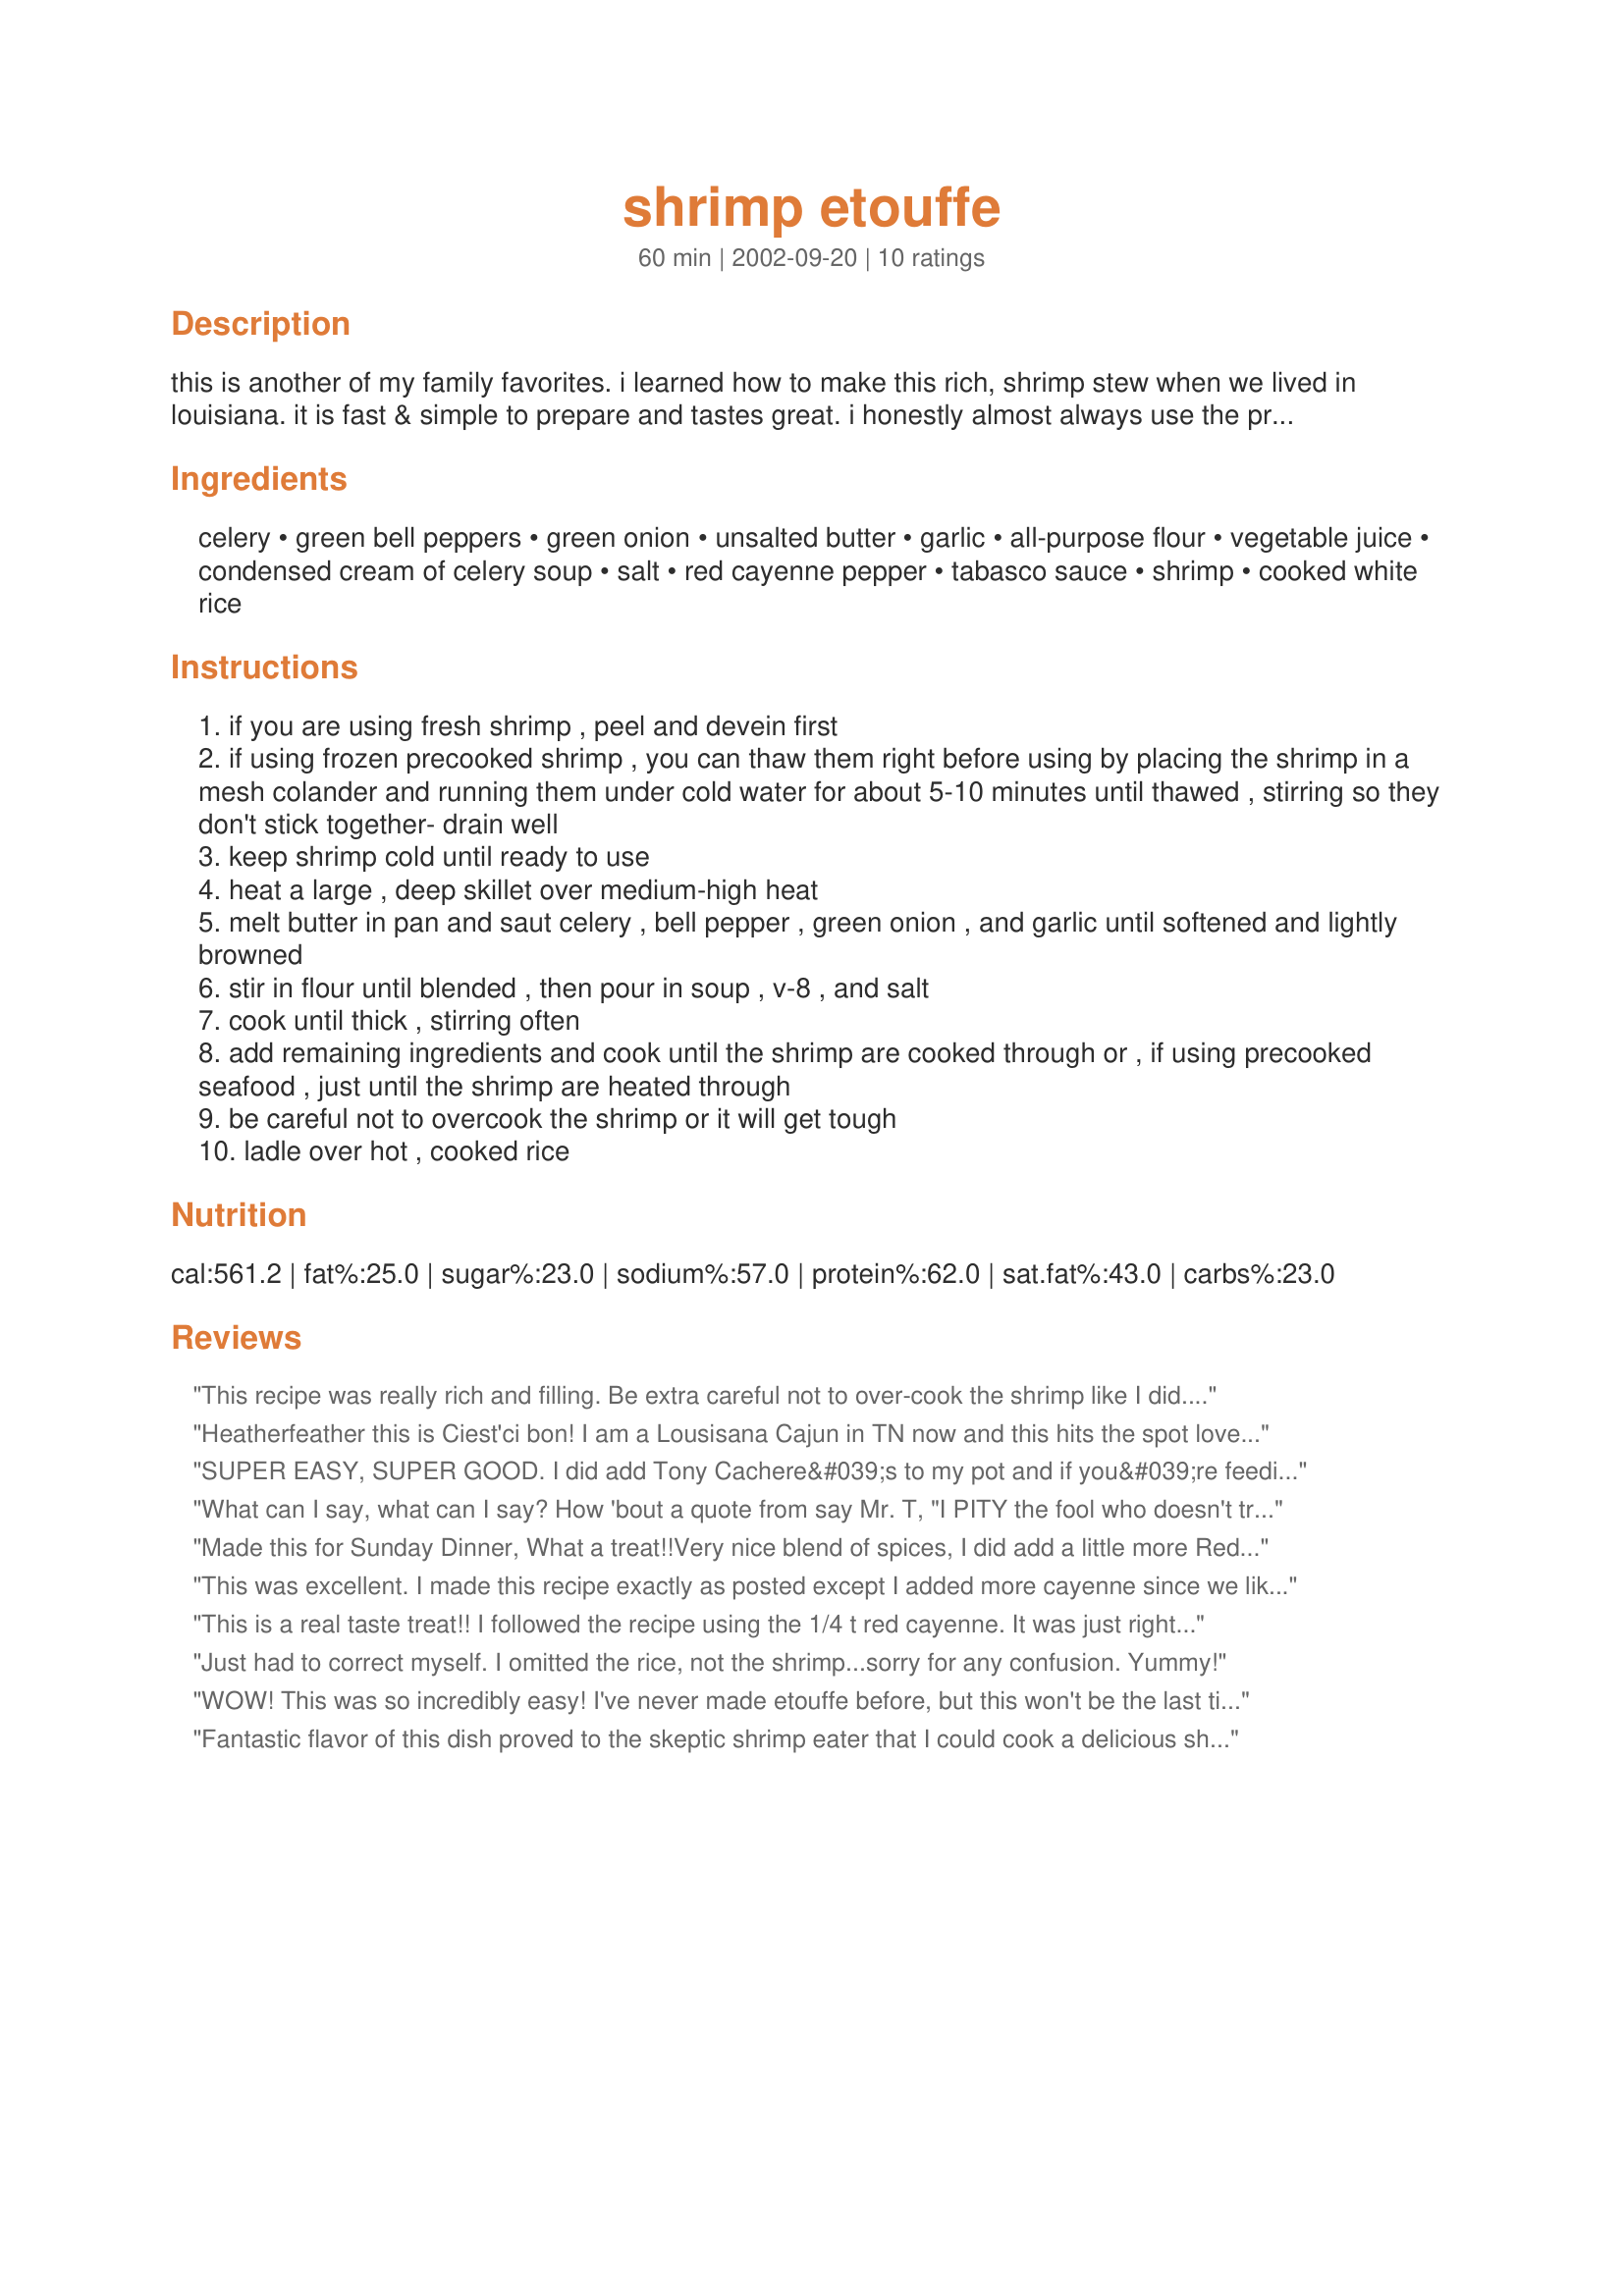
shrimp etouffe
Preparation time: 60 minutes

this is another of my family favorites. i learned how to make this rich, shrimp stew when we lived in louisiana. it is fast & simple to prepare and tastes great. i honestly almost always use the precooked frozen shrimp in this, as they are available year round. i am completely guessing on the prep and cook times - i know i can get this dish ready in under an hour from start to finish, including thawing the fish and chopping the veggies. the cooking goes very quickly. i serve this atop bowls of hot rice and make hot sauce available to add more heat to individual servings. if you happen to have cooked crawfish, you can use that as well.

Ingredients:
celery, green bell peppers, green onion, unsalted butter, garlic, all-purpose flour, vegetable juice, condensed cream of celery soup, salt, red cayenne pepper, tabasco sauce, shrimp, cooked white rice

Steps:
if you are using fresh shrimp , peel and devein first
if using frozen precooked shrimp , you can thaw them right before using by placing the shrimp in a mesh colander and running them under cold water for about 5-10 minutes until thawed , stirring so they don't stick together- drain well
keep shrimp cold until ready to use
heat a large , deep skillet over medium-high heat
melt butter in pan and saut celery , bell pepper , green onion , and garlic until softened and lightly browned
stir in flour until blended , then pour in soup , v-8 , and salt
cook until thick , stirring often
add remaining ingredients and cook until the shrimp are cooked through or , if using precooked seafood , just until the shrimp are heated through
be careful not to overcook the shrimp or it will get tough
ladle over hot , cooked rice

Reviews:
This recipe was really rich and filling. Be extra careful not to over-cook the shrimp like I did.
Tab Smith
Heatherfeather this is Ciest'ci bon!
I am a Lousisana Cajun in TN now and this hits the spot love the short cut of the V-8 juice and celery soup too!!! Thanks so much for posting!!!
SUPER EASY, SUPER GOOD. I did add Tony Cachere&#039;s to my pot and if you&#039;re feeding more than 4, double the recipe!
What can I say, what can I say? How 'bout a quote from say Mr. T, "I PITY the fool who doesn't try this recipe." Myself, I believe that this etouffe is the bomb-diggity! So get to it, make this etouffe & see what all the rave is about. YOU want be sorry! Thanks a million Heather for this AWESOME recipe!
Made this for Sunday Dinner, What a treat!!Very nice blend of spices, I did add a little more Red Cayenne just to kick it up a notch. Will be makeing this again!!
This was excellent. I made this recipe exactly as posted except I added more cayenne since we like heat. It was FANTASTIC! Thank you for posting!!
This is a real taste treat!! I followed the recipe using the 1/4 t red cayenne. It was just right for us, we don't like too hot. I put this alongside a baked potato and a plate of sliced fresh tomatoes. Added a dinner roll, YUM!! I will put this one in my favorites file! Thanks Heather!
Just had to correct myself. I omitted the rice, not the shrimp...sorry for any confusion. Yummy!
WOW! This was so incredibly easy! I've never made etouffe before, but this won't be the last time! I only added another 1/2 tsp of cayenne, a little more Tabasco, and some pepper because I like it spicy! YUM!! Thank you for the recipe!
Fantastic flavor of this dish proved to the skeptic shrimp eater that I could cook a delicious shrimp etouffe! (Previous attempts were hideous, compared to this recipe.) Followed the directions to the letter, and appreciated the clear, consise steps. Very good! Picky eaters cleaned up the whole pot. This is a keeper! Thanks so much Heather, for posting this recipe and proving "shrimp stew" is delicious and filling.
